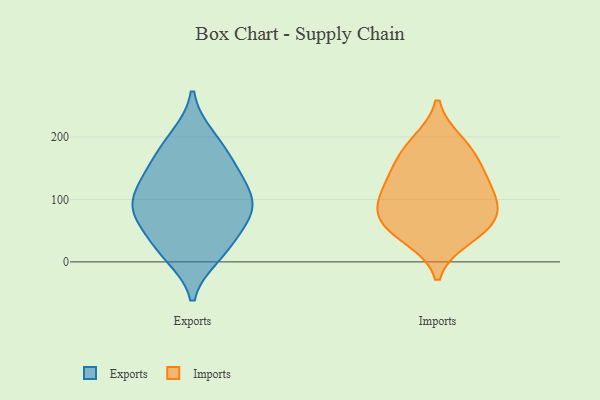
{"axis": {"x": "Satisfaction Score", "y": "Value"}, "legend": ["Exports", "Imports"], "data": [{"x": "", "y": 97, "type": "Exports"}, {"x": "", "y": 149, "type": "Exports"}, {"x": "", "y": 87, "type": "Exports"}, {"x": "", "y": 119, "type": "Exports"}, {"x": "", "y": 19, "type": "Exports"}, {"x": "", "y": 80, "type": "Exports"}, {"x": "", "y": 190, "type": "Exports"}, {"x": "", "y": 137, "type": "Exports"}, {"x": "", "y": 200, "type": "Exports"}, {"x": "", "y": 24, "type": "Exports"}, {"x": "", "y": 11, "type": "Exports"}, {"x": "", "y": 156, "type": "Exports"}, {"x": "", "y": 58, "type": "Exports"}, {"x": "", "y": 74, "type": "Exports"}, {"x": "", "y": 94, "type": "Exports"}, {"x": "", "y": 112, "type": "Imports"}, {"x": "", "y": 190, "type": "Imports"}, {"x": "", "y": 176, "type": "Imports"}, {"x": "", "y": 88, "type": "Imports"}, {"x": "", "y": 58, "type": "Imports"}, {"x": "", "y": 128, "type": "Imports"}, {"x": "", "y": 146, "type": "Imports"}, {"x": "", "y": 40, "type": "Imports"}, {"x": "", "y": 59, "type": "Imports"}, {"x": "", "y": 86, "type": "Imports"}]}